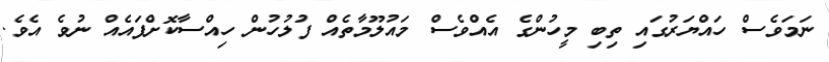
ނަމަވެސް ހައްޔަރުގައި ތިބި މީހުންގެ އެއްވެސް މައުލޫމާތެއް ފުލުހުން ހިއްސާކޮށްފައެއްް ނުވެ އެވެ.